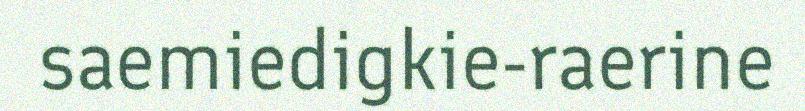
saemiedigkie-raerine